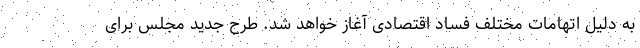
به دلیل اتهامات مختلف فساد اقتصادی آغاز خواهد شد. طرح جدید مجلس برای